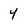
Character: 4